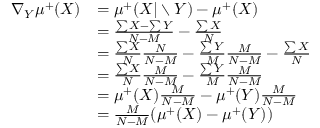
\begin{array} { r l } { \nabla _ { Y } \mu ^ { + } ( X ) } & { = \mu ^ { + } ( X \vert \setminus Y ) - \mu ^ { + } ( X ) } \\ & { = \frac { \sum X - \sum Y } { N - M } - \frac { \sum X } { N } } \\ & { = \frac { \sum X } { N } \frac { N } { N - M } - \frac { \sum Y } { M } \frac { M } { N - M } - \frac { \sum X } { N } } \\ & { = \frac { \sum X } { N } \frac { M } { N - M } - \frac { \sum Y } { M } \frac { M } { N - M } } \\ & { = \mu ^ { + } ( X ) \frac { M } { N - M } - \mu ^ { + } ( Y ) \frac { M } { N - M } } \\ & { = \frac { M } { N - M } ( \mu ^ { + } ( X ) - \mu ^ { + } ( Y ) ) } \end{array}